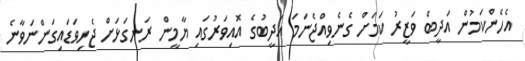
އެހެންކަމުން އަދީބް ވަޒީރު ކަމަށް ގެނެވިއްޖެނަމަ އަދީބުގެ އޮއިވަރުގައި ޔާމީން ރަނގަޅަށް ޖެހިވަޑައިގަންނަވާނެ